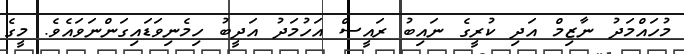
މުހައްމަދު ނާޒިމް އަދި ކުރީގެ ނައިބު ރައީސް އަހުމަދު އަދީބު ހިމެނިވަޑައިގަންނަވައެވެ. މީގެ